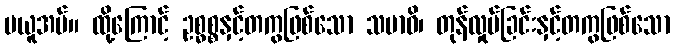
မယူအပ်။ ထို့ကြောင့် ဥစ္ဓစ္စနှင့်တကွဖြစ်သော သမာဓိ၊ တုန်လှုပ်ခြင်းနှင့်တကွဖြစ်သော